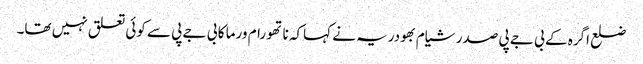
ضلع اگرہ کے بی جے پی صدر شیام بھودریہ نے کہاکہ ناتھو رام ورما کا بی جے پی سے کوئی تعلق نہیں تھا۔